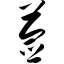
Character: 莶